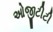
ઓજીટીટી